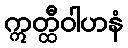
ဣတ္ထီဝါဟနံ